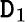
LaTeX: \mathtt{D}_{1}